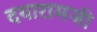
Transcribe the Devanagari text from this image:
दयारामजी